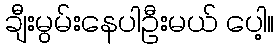
ချီးမွမ်းနေပါဦးမယ် ပေါ့။